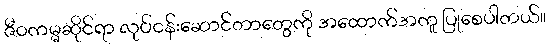
ဇီဝကမ္မဆိုင်ရာ လုပ်ငန်းဆောင်တာတွေကို အထောက်အကူ ပြုစေပါတယ်။